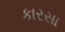
કારસા